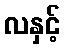
လနှင့်